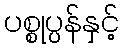
ပစ္စုပ္ပန်နှင့်